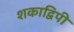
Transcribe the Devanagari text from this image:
शकाद्विपी